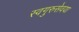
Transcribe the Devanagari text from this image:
स्वगुरुसेवया